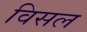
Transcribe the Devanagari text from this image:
विसल